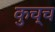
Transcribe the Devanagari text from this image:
कुच्च